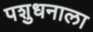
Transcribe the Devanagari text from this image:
पशुधनाला